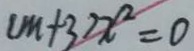
( m + 3 ) x ^ { 2 } = 0